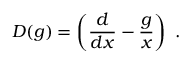
D ( g ) = \left( \frac { d } { d x } - \frac { g } { x } \right) ~ .